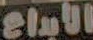
الابداع